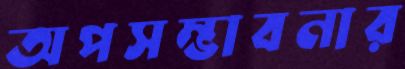
অপসম্ভাবনার